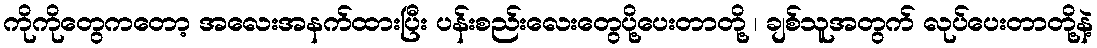
ကိုကိုတွေကတော့ အလေးအနက်ထားပြီး ပန်းစည်းလေးတွေပို့ပေးတာတို့ ၊ ချစ်သူအတွက် လုပ်ပေးတာတို့နဲ့